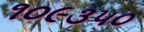
૧૦૯૩૫૦